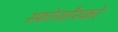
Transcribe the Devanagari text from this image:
स्फ़ोर्ज़ोस्को